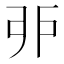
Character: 戼